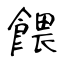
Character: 餵